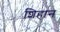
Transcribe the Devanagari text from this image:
शिहान